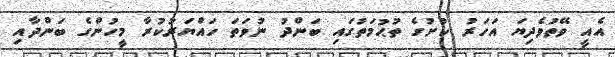
އެއީ ވޭތުވެދިޔަ އަހަރު ކުށުގެ ތުޙުމަތުގައި ބަންދު ނުވަތަ ހައްޔަރުކުރާ މީހުންގެ ބަންދާއި